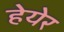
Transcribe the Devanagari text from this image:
हेयेर